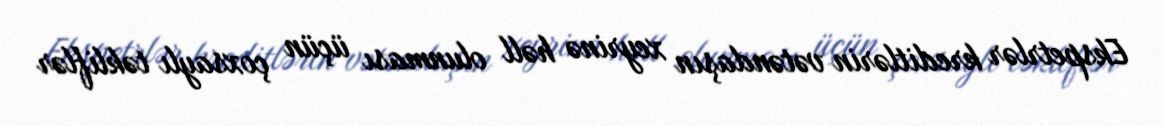
Ekspetrlər kreditlərin vətəndaşın xeyrinə həll olunması üçün çoxsaylı təkliflər